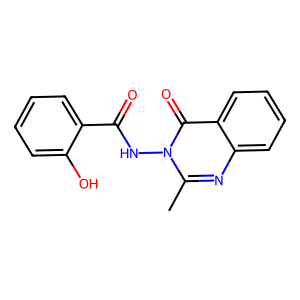
SMILES: Cc1nc2ccccc2c(=O)n1NC(=O)c1ccccc1O
Inhibits HIV replication: No